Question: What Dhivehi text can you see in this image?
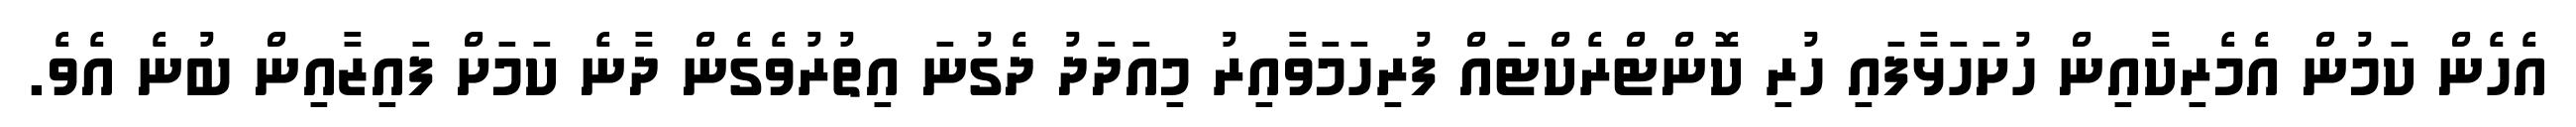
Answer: އެހެން ކަމުން އެމެރިކާއިން ހުށަހަޅާފައި ހުރި ކޮންޓްރެކްޓައް ފުރިހަމަވާއިރު މިއަދަދު ދެގުނަ އިތުރުވެގެން ދާނެ ކަމަށް ފައިޒާއިން ބުނެ އެވެ.